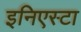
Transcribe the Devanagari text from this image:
इनिएस्टा